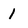
Character: 1